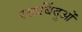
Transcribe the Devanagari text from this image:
रक्तबिंदुओं